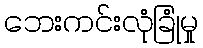
ဘေးကင်းလုံခြုံမှု